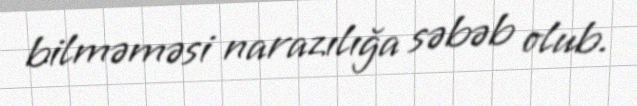
bilməməsi narazılığa səbəb olub.